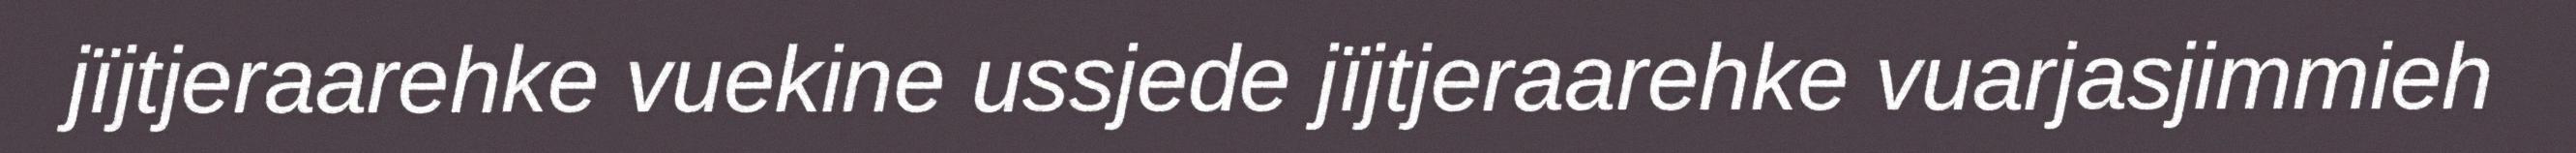
jïjtjeraarehke vuekine ussjede jïjtjeraarehke vuarjasjimmieh